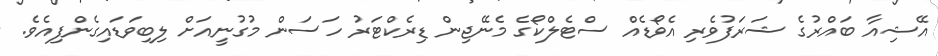
އޭޝިއާ ބައްރުގެ ޝަރަފުވެރި އެވޯޑެއް ސްޓެލްކޯގެ މެނޭޖިން ޑިރެކްޓަރު ހަސަން މުގުނީއަށް ލިބިވަޑައިގެންފިއެވެ.